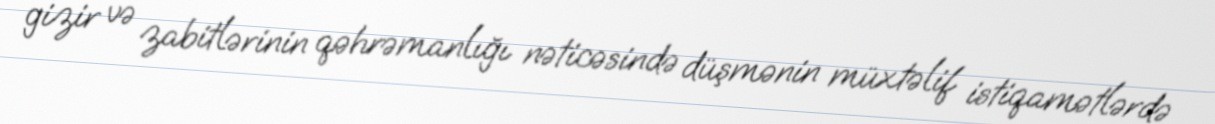
gizir və zabitlərinin qəhrəmanlığı nəticəsində düşmənin müxtəlif istiqamətlərdə